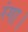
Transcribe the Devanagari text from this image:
रंगा।